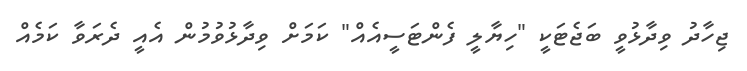
ޖިހާދު ވިދާޅުވީ ބަޖެޓަކީ "ހިޔާލީ ފެންޓަސީއެއް" ކަމަށް ވިދާޅުވުމުން އެއީ ދެރަވާ ކަމެއް